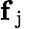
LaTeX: \mathbf{f}_{\mathrm{~j~}}